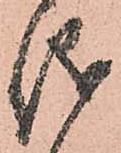
儀